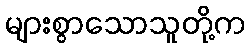
များစွာသောသူတို့က